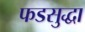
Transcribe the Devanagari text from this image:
फडसुद्धा